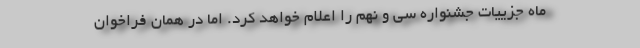
ماه جزییات جشنواره سی و نهم را اعلام خواهد کرد. اما در همان فراخوان